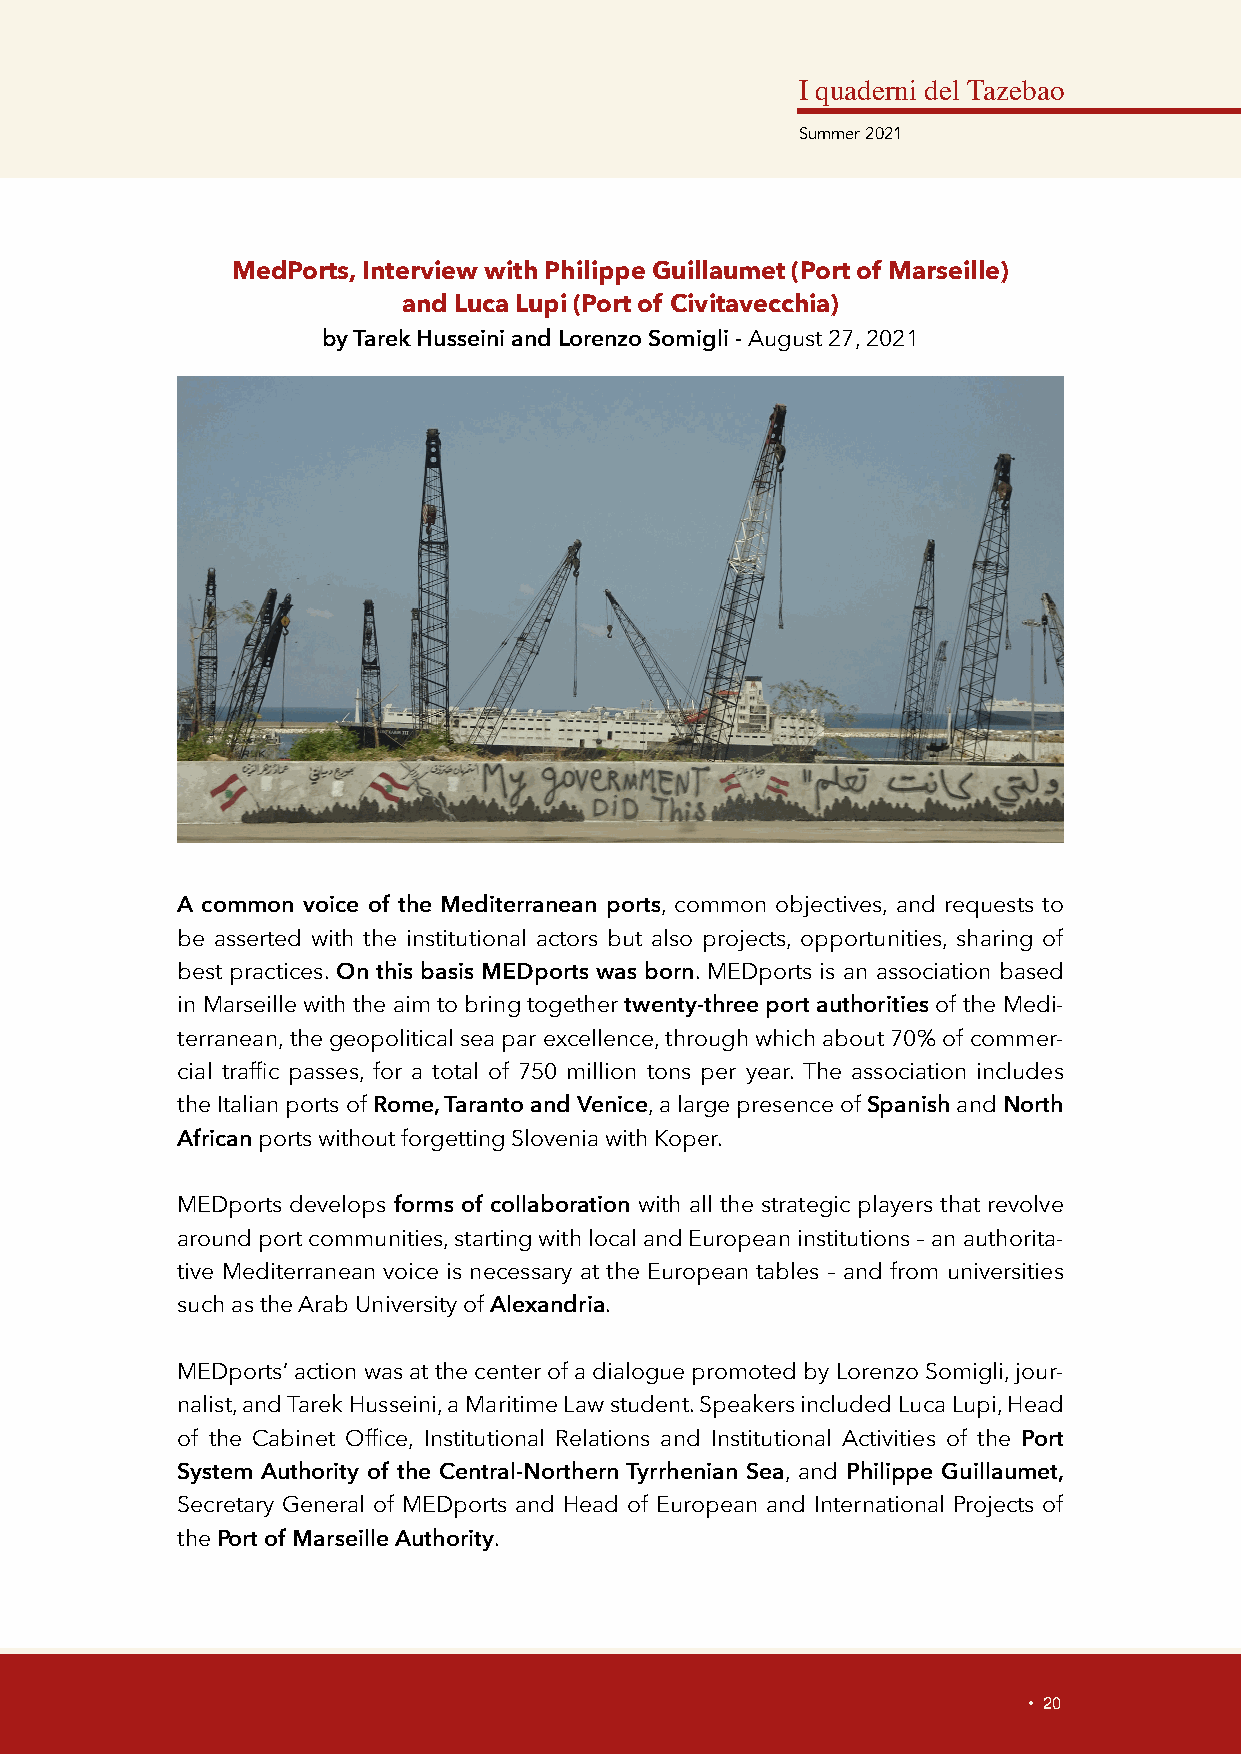
I quaderni del Tazebao
 Summer 2021
 MedPorts, Interview with Philippe Guillaumet (Port of Marseille)
 and Luca Lupi (Port of Civitavecchia)
 by Tarek Husseini and Lorenzo Somigli - August 27, 2021
 A common voice of the Mediterranean ports, common objectives, and requests to
 be asserted with the institutional actors but also projects, opportunities, sharing of
 best practices. On this basis MEDports was born. MEDports is an association based
 in Marseille with the aim to bring together twenty-three port authorities of the Medi-
 terranean, the geopolitical sea par excellence, through which about 70% of commer-
 cial traffic passes, for a total of 750 million tons per year. The association includes
 the Italian ports of Rome, Taranto and Venice, a large presence of Spanish and North
 African ports without forgetting Slovenia with Koper.
 MEDports develops forms of collaboration with all the strategic players that revolve
 around port communities, starting with local and European institutions – an authorita-
 tive Mediterranean voice is necessary at the European tables – and from universities
 such as the Arab University of Alexandria.
 MEDports’ action was at the center of a dialogue promoted by Lorenzo Somigli, jour-
 nalist, and Tarek Husseini, a Maritime Law student. Speakers included Luca Lupi, Head
 of the Cabinet Office, Institutional Relations and Institutional Activities of the Port
 System Authority of the Central-Northern Tyrrhenian Sea, and Philippe Guillaumet,
 Secretary General of MEDports and Head of European and International Projects of
 the Port of Marseille Authority.
 • 20